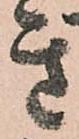
き